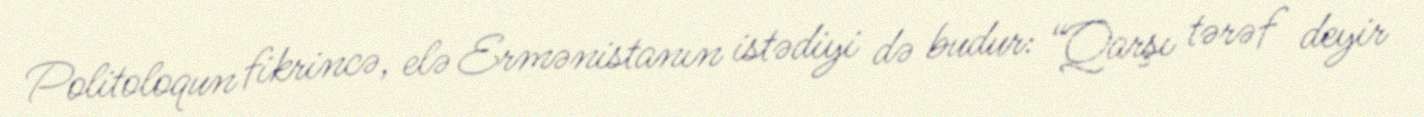
Politoloqun fikrincə, elə Ermənistanın istədiyi də budur: “Qarşı tərəf deyir